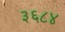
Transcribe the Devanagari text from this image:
३६८४